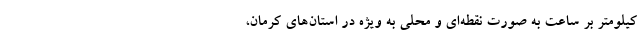
کیلومتر بر ساعت به صورت نقطه‌ای و محلی به ویژه در استان‌های کرمان،